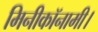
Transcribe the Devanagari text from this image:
मिनीकॉनामी।